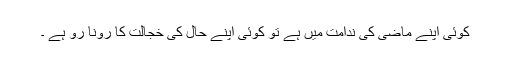
کوئی اپنے ماضی کی ندامت میں ہے تو کوئی اپنے حال کی خجالت کا رونا رو ہے ۔